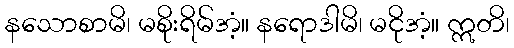
နသောစာမိ၊ မစိုးရိမ်အံ့။ နရောဒါမိ၊ မငိုအံ့။ ဣတိ၊